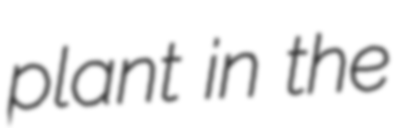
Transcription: plant in the